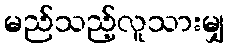
မည်သည့်လူသားမျှ